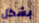
بشكل